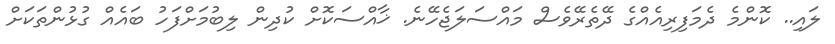
ލައި.. ކޮންމެ ދެމަފިރިއެއްގެ ދޭތެރޭވެސް މައްސަލަޖެހޭނެ. ޚާއްސަކޮށް ކުދިން ލިބުމަށްފަހު ބައެއް ގުޅުންތަކަށް